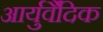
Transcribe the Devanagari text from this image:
आर्युर्वैदिक